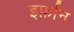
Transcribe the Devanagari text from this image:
इर्फ़ान